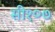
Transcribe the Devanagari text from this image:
सी१०७